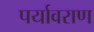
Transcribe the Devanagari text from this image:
पर्यावराण